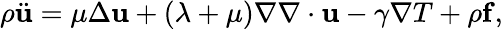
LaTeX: \begin{array}{r}{\rho\ddot{\mathbf u}=\mu\Delta\mathbf u+(\lambda+\mu)\nabla\nabla\cdot\mathbf u-\gamma\nabla T+\rho\mathbf f,}\end{array}